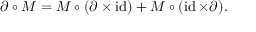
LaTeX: \partial \circ M = M \circ ( \partial \times \operatorname { i d } ) + M \circ ( \operatorname { i d } \times \partial ) .